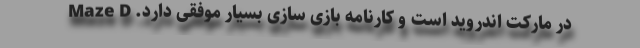
در مارکت اندروید است و کارنامه بازی سازی بسیار موفقی دارد. Maze D